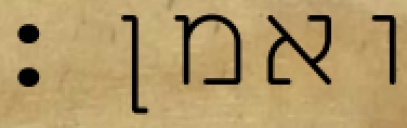
ואמן: